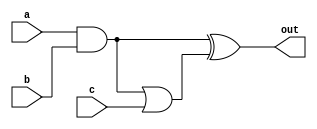
module complex_logic_gate (
    input wire a,
    input wire b,
    input wire c,
    output reg out
);

wire ab, abc;

and gate1 (ab, a, b);
or gate2 (abc, ab, c);
xor gate3 (out, ab, abc);

assign out = ~out;

endmodule